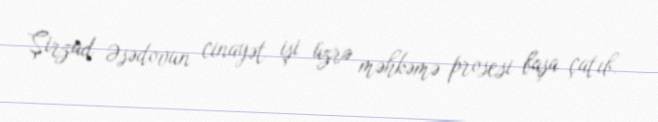
Şirzad Əsədovun cinayət işi üzrə məhkəmə prosesi başa çatıb.